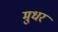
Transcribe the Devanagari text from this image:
मुधर